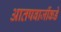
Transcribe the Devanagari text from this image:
आतषबाजींकडे